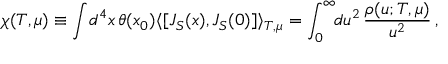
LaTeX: \chi ( T , \mu ) \equiv \int \! d ^ { 4 } x \, \theta ( x _ { 0 } ) \langle [ J _ { S } ( x ) , J _ { S } ( 0 ) ] \rangle _ { T , \mu } = \int _ { 0 } ^ { \infty } \! \! d u ^ { 2 } \, { \frac { \rho ( u ; T , \mu ) } { u ^ { 2 } } } \, ,